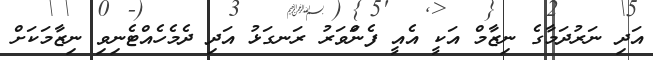
އަދި ނަރުދަމާގެ ނިޒާމް އަކީ އެއީ ފެންަވަރު ރަނގަޅު އަދި ދެމެހެެއްޓެނިވި ނިޒާމަކަށް